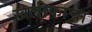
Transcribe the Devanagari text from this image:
खलीफाचा